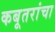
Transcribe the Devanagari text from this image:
कबूतरांचा